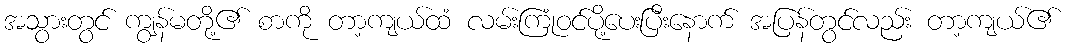
အသွားတွင် ကျွန်မတို့၏ စာကို တာ့ကျယ်ထံ လမ်းကြုံဝင်ပို့ပေးပြီးနောက် အပြန်တွင်လည်း တာ့ကျယ်၏